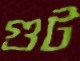
গুট